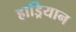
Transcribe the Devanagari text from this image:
हाड्रियान